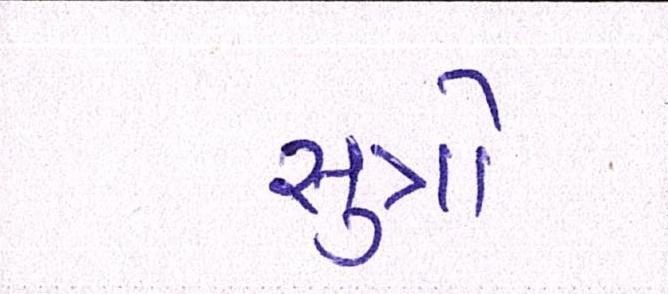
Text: સુત્રો